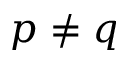
p \neq q